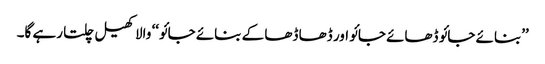
’’بنائے جائو ڈھائے جائو اور ڈھا ڈھا کے بنائے جائو‘‘ والا کھیل چلتا رہے گا۔